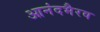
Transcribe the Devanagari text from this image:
आनंदभैरव